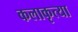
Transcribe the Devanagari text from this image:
कलाकृत्या